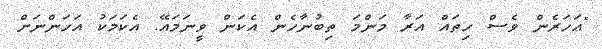
"އަހަރެން ވެސް ހިތައް އަރާ މަންމަ ތިބުނާހެން އެކަން ވީނަމައޭ. އެކަމަކު އަހަންނަށް